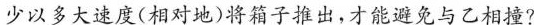
少以多大速度(相对地)将箱子推出，才能避免与乙相撞？